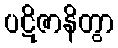
ပဋိဇာနိတွာ